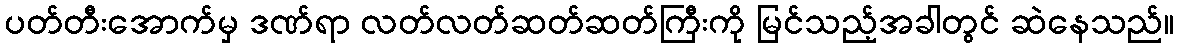
ပတ်တီးအောက်မှ ဒဏ်ရာ လတ်လတ်ဆတ်ဆတ်ကြီးကို မြင်သည့်အခါတွင် ဆဲနေသည်။